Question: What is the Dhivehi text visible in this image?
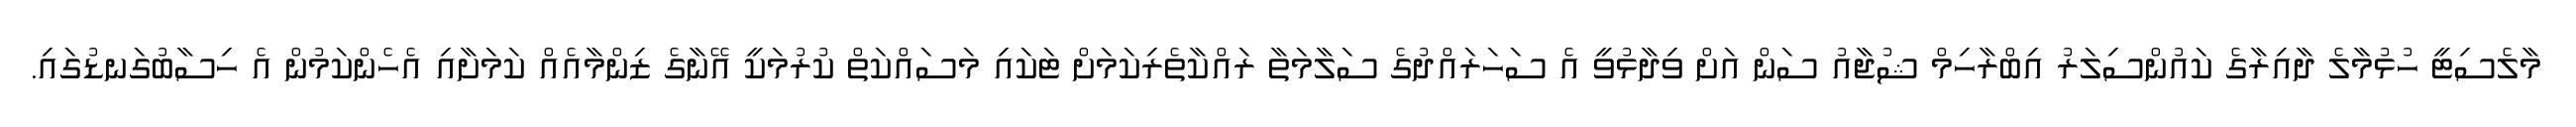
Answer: މާލެސިޓީ ހުޅުމާލެ ދާއިރާގެ ކައުންސިލަރު އިބްރާހިމް ޝުޖާއު ސަން އަށް ވިދާޅުވީ އެ ސަހަރައްދުގެ ސަލާމަތާ ރައްކާތެރިކަމަށް ޓަކައި މަސައްކަތް ކުރުމަކީ އޭނާގެ ޒިންމާއެއް ކަމަށާއި އެހެންކަމުން އެ ހިސާބުގަނޑުގައި.